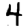
Digit: 4